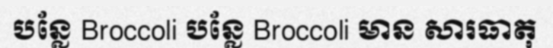
បន្លែ Broccoli បន្លែ Broccoli មាន សារធាតុ